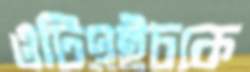
ওটিএইচকে